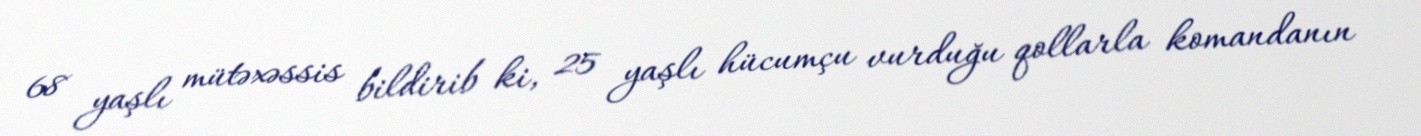
68 yaşlı mütəxəssis bildirib ki, 25 yaşlı hücumçu vurduğu qollarla komandanın